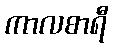
ကာလစာရီ